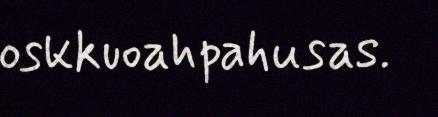
oskkuoahpahusas.